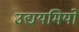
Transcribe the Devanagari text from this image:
उद्ययमियों